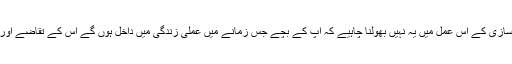
تربیت اور شخصیت سازی کے اس عمل میں یہ نہیں بھولنا چاہیے کہ آپ کے بچے جس زمانے میں عملی زندگی میں داخل ہوں گے اس کے تقاضے اور چینلجزکیا ہوں گے؟